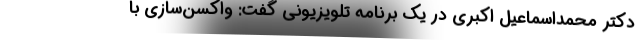
دکتر محمداسماعیل اکبری در یک برنامه تلویزیونی گفت: واکسن‌سازی با